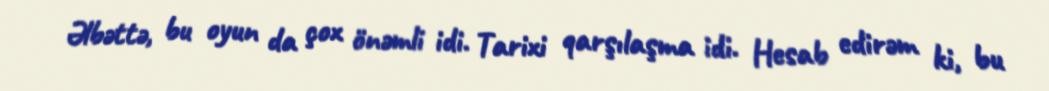
Əlbəttə, bu oyun da çox önəmli idi. Tarixi qarşılaşma idi. Hesab edirəm ki, bu